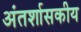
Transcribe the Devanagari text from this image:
अंतर्शासकीय